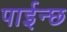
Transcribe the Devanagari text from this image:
पाईन्छ